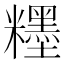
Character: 𥽞